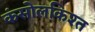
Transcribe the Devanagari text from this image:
कंसोलकिश्त